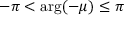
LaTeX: - \pi < \arg ( - \mu ) \leq \pi